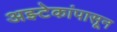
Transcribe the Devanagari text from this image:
अझ्टेकांपासून